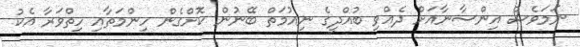
ނަމަވެސް އިންސާނާއަށް ދެއްވި ބުއްދީގެ ނިއުމަތް ބޭނުން ކޮށްގެން ހިންމަތާއި ހިތްވަރާ އެކު